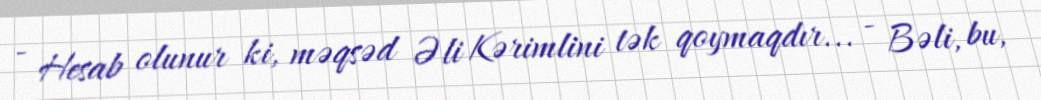
- Hesab olunur ki, məqsəd Əli Kərimlini tək qoymaqdır... - Bəli, bu,